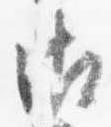
御